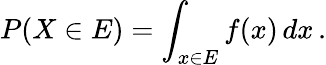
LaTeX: P(X\in E)=\int_{x\in E}f(x)\, dx\, .